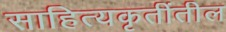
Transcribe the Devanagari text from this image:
साहित्यकृतींतील